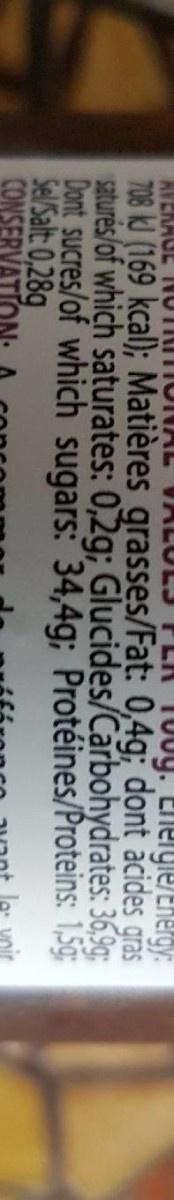
100g. Energle/Ehergy:
T08 kJ (169 kcal); Matières grasses/Fat: 0,4g; dont acides gras saturés/of which saturates: 0,2g; Glucides/Carbohydrates: 36,9c; Dont sucres/of which sugars: 34,4g; Protéines/Proteins: 1,5g Sel/Salt: 0,28g CONSE
le: voir